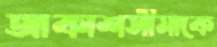
আকাশসীমাকে